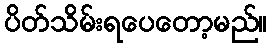
ပိတ်သိမ်းရပေတော့မည်။